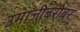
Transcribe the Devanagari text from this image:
उमाजीबरोबर